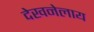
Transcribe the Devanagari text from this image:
देखनेलाय